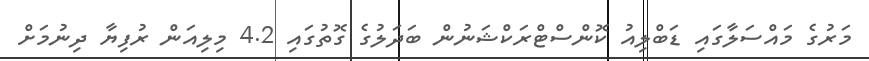
މަރުގެ މައްސަލާގައި ޑަބްލިއު ކޮންސްޓްރަކްޝަނުން ބަދަލުގެ ގޮތުގައި 4.2 މިލިއަން ރުފިޔާ ދިނުމަށް